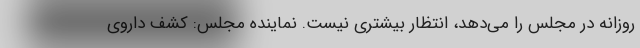
روزانه در مجلس را می‌دهد، انتظار بیشتری نیست. نماینده مجلس: کشف داروی